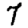
Digit: 7